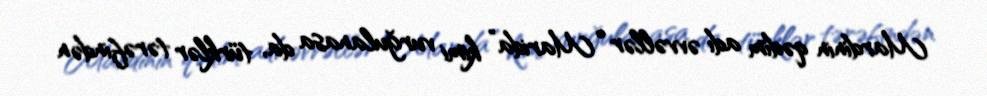
Mardinin qədim adı əvvəllər “Marida” kimi vurğulanasa da, türklər tərəfindən